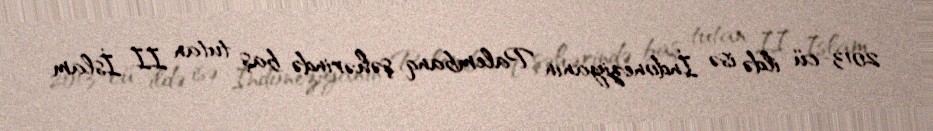
2013-cü ildə isə İndoneziyanın Palembanq şəhərində baş tutan II İslam